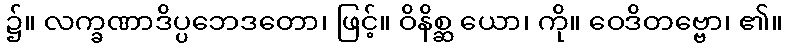
၌။ လက္ခဏာဒိပ္ပဘေဒတော၊ ဖြင့်။ ဝိနိစ္ဆ ယော၊ ကို။ ဝေဒိတဗ္ဗော၊ ၏။